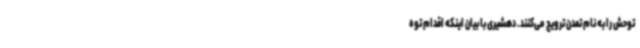
توحش را به نام تمدن ترویج می‌کنند. دهشیری با بیان اینکه اقدام توه